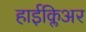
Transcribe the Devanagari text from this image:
हाईक्लिअर